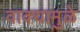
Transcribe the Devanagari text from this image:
वाक्यामुळे